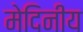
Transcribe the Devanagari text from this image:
मेदिनीय